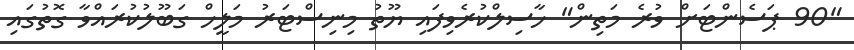
"90 ޕަސެންޓަށް ވުރެ މަތިން" ހާސިލްކުރެވިފައި ޔޫތު މިނިސްޓަރު މަލީހް ގަބޫލުކުރައްވާ ގޮތުގައި